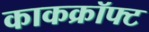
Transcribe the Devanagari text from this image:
काकक्रॉफ्ट